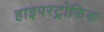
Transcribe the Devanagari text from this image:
हाइपरट्रोफिक